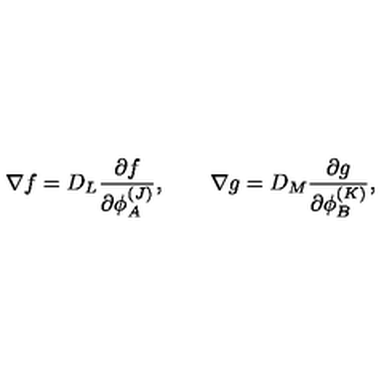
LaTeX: \nabla f = D _ { L } { \frac { \partial f } { \partial \phi _ { A } ^ { ( J ) } } } , \qquad \nabla g = D _ { M } { \frac { \partial g } { \partial \phi _ { B } ^ { ( K ) } } } ,